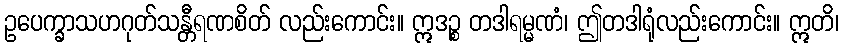
ဥပေက္ခာသဟဂုတ်သန္တီရဏစိတ် လည်းကောင်း။ ဣဒဉ္စ တဒါရမ္မဏံ၊ ဤတဒါရုံလည်းကောင်း။ ဣတိ၊